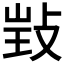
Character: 𢽃